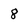
Character: 8